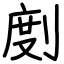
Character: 剫